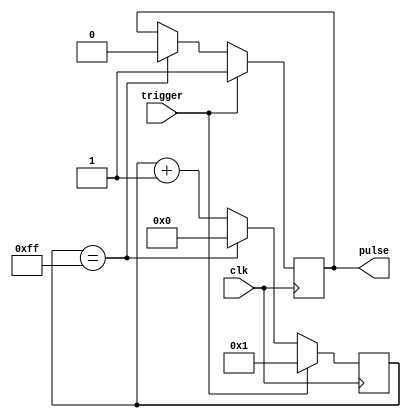
module pulse_generator(
    input clk,
    input trigger,
    output reg pulse
);

reg [7:0] count;

always @(posedge clk) begin
    if (trigger == 1'b1) begin
        count <= 8'b00000001;
        pulse <= 1'b1;
    end else if (count == 8'b11111111) begin
        count <= 8'b00000000;
        pulse <= 1'b0;
    end else begin
        count <= count + 1;
    end
end

endmodule